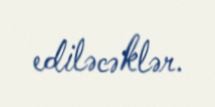
ediləcəklər.